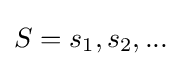
S={s_{1},s_{2},...}